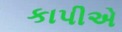
કાપીએ